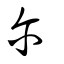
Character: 尔